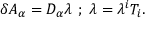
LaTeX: \delta A _ { \alpha } = D _ { \alpha } \lambda \, \, ; \, \, \lambda = \lambda ^ { i } T _ { i } .